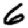
Digit: 6